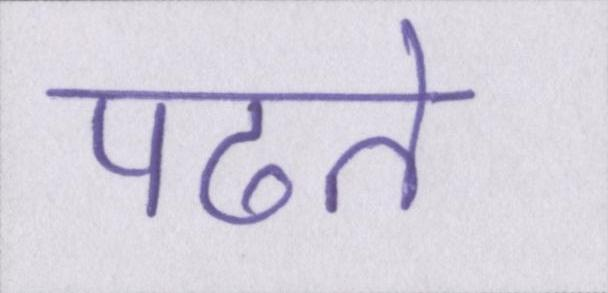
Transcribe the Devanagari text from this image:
पढते